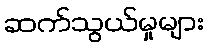
ဆက်သွယ်မှုများ